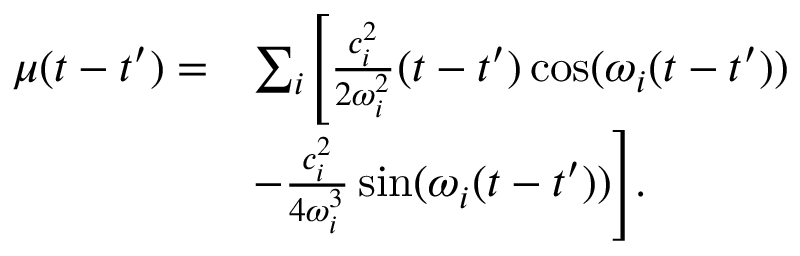
\begin{array} { r l } { \mu ( t - t ^ { \prime } ) = } & { \sum _ { i } \Biggl [ \frac { c _ { i } ^ { 2 } } { 2 \omega _ { i } ^ { 2 } } ( t - t ^ { \prime } ) \cos ( \omega _ { i } ( t - t ^ { \prime } ) ) } \\ & { - \frac { c _ { i } ^ { 2 } } { 4 \omega _ { i } ^ { 3 } } \sin ( \omega _ { i } ( t - t ^ { \prime } ) ) \Biggr ] . } \end{array}